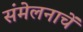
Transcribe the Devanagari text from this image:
संमेलनाचें